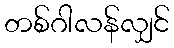
တစ်ဂါလန်လျှင်